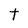
Character: t